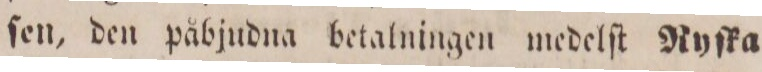
ſen, den påbjudna betalningen medelſt Ryſka